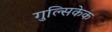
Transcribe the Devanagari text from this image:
गुल्सिकेक